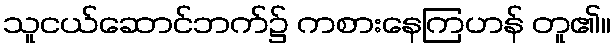
သူငယ်ဆောင်ဘက်၌ ကစားနေကြဟန် တူ၏။